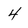
Character: 4